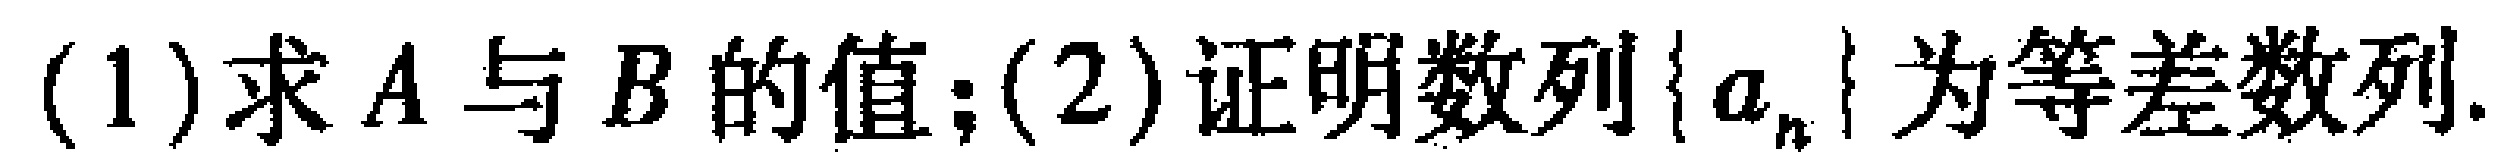
(1)求\(A\)与\(B\)的值；(2)证明数列\(\{ a_{n}\}\)为等差数列.